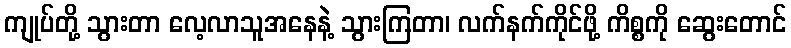
ကျုပ်တို့ သွားတာ လေ့လာသူအနေနဲ့ သွားကြတာ၊ လက်နက်ကိုင်ဖို့ ကိစ္စကို ဆွေးတောင်